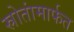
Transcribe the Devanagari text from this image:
स्रोतांमार्फत